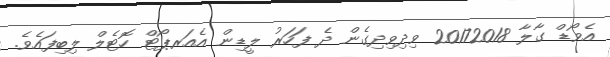
އެވޯޑް ގާލާ 20172018 ވިދިވިދިގެން ދެ ފަހަރު ލީޑިން އެއަރޕޯޓް ހޮޓެލް ލިބިފައެވެ.